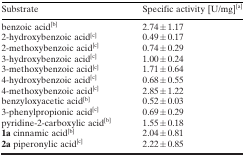
<table><thead><tr><td><b>Substrate</b></td><td><b>Specific activity [U/mg]<sup>[a]</sup></b></td></tr></thead><tbody><tr><td>benzoic acid<sup>[b]</sup></td><td>2.74±1.17</td></tr><tr><td>2‐hydroxybenzoic acid<sup>[c]</sup></td><td>0.49±0.17</td></tr><tr><td>2‐methoxybenzoic acid<sup>[c]</sup></td><td>0.74±0.29</td></tr><tr><td>3‐hydroxybenzoic acid<sup>[c]</sup></td><td>1.00±0.24</td></tr><tr><td>3‐methoxybenzoic acid<sup>[c]</sup></td><td>1.71±0.64</td></tr><tr><td>4‐hydroxybenzoic acid<sup>[c]</sup></td><td>0.68±0.55</td></tr><tr><td>4‐methoxybenzoic acid<sup>[c]</sup></td><td>2.85±1.22</td></tr><tr><td>benzyloxyacetic acid<sup>[b]</sup></td><td>0.52±0.03</td></tr><tr><td>3‐phenylpropionic acid<sup>[c]</sup></td><td>0.69±0.29</td></tr><tr><td>pyridine‐2‐carboxylic acid<sup>[b]</sup></td><td>1.55±0.18</td></tr><tr><td><b>1a</b> cinnamic acid<sup>[b]</sup></td><td>2.04±0.81</td></tr><tr><td><b>2a</b> piperonylic acid<sup>[c]</sup></td><td>2.22±0.85</td></tr></tbody></table>